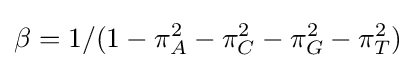
\beta =1/(1-\pi _{A}^{2}-\pi _{C}^{2}-\pi _{G}^{2}-\pi _{T}^{2})